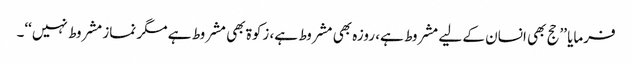
فرمایا ’’حج بھی انسان کے لیے مشروط ہے، روزہ بھی مشروط ہے، زکوۃ بھی مشروط ہے مگر نماز مشروط نہیں‘‘۔